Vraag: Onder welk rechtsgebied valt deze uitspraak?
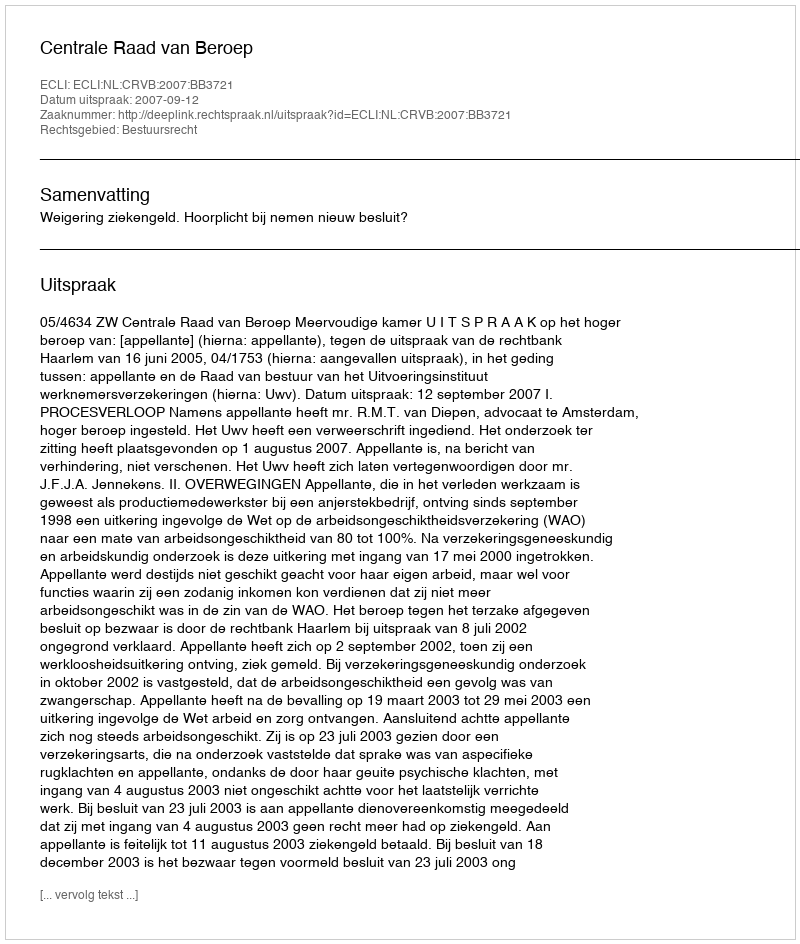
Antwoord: Bestuursrecht